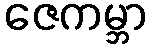
ဇေကမ္ဘာ